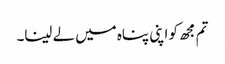
تم مجھ کو اپنی پناہ میں لے لینا۔